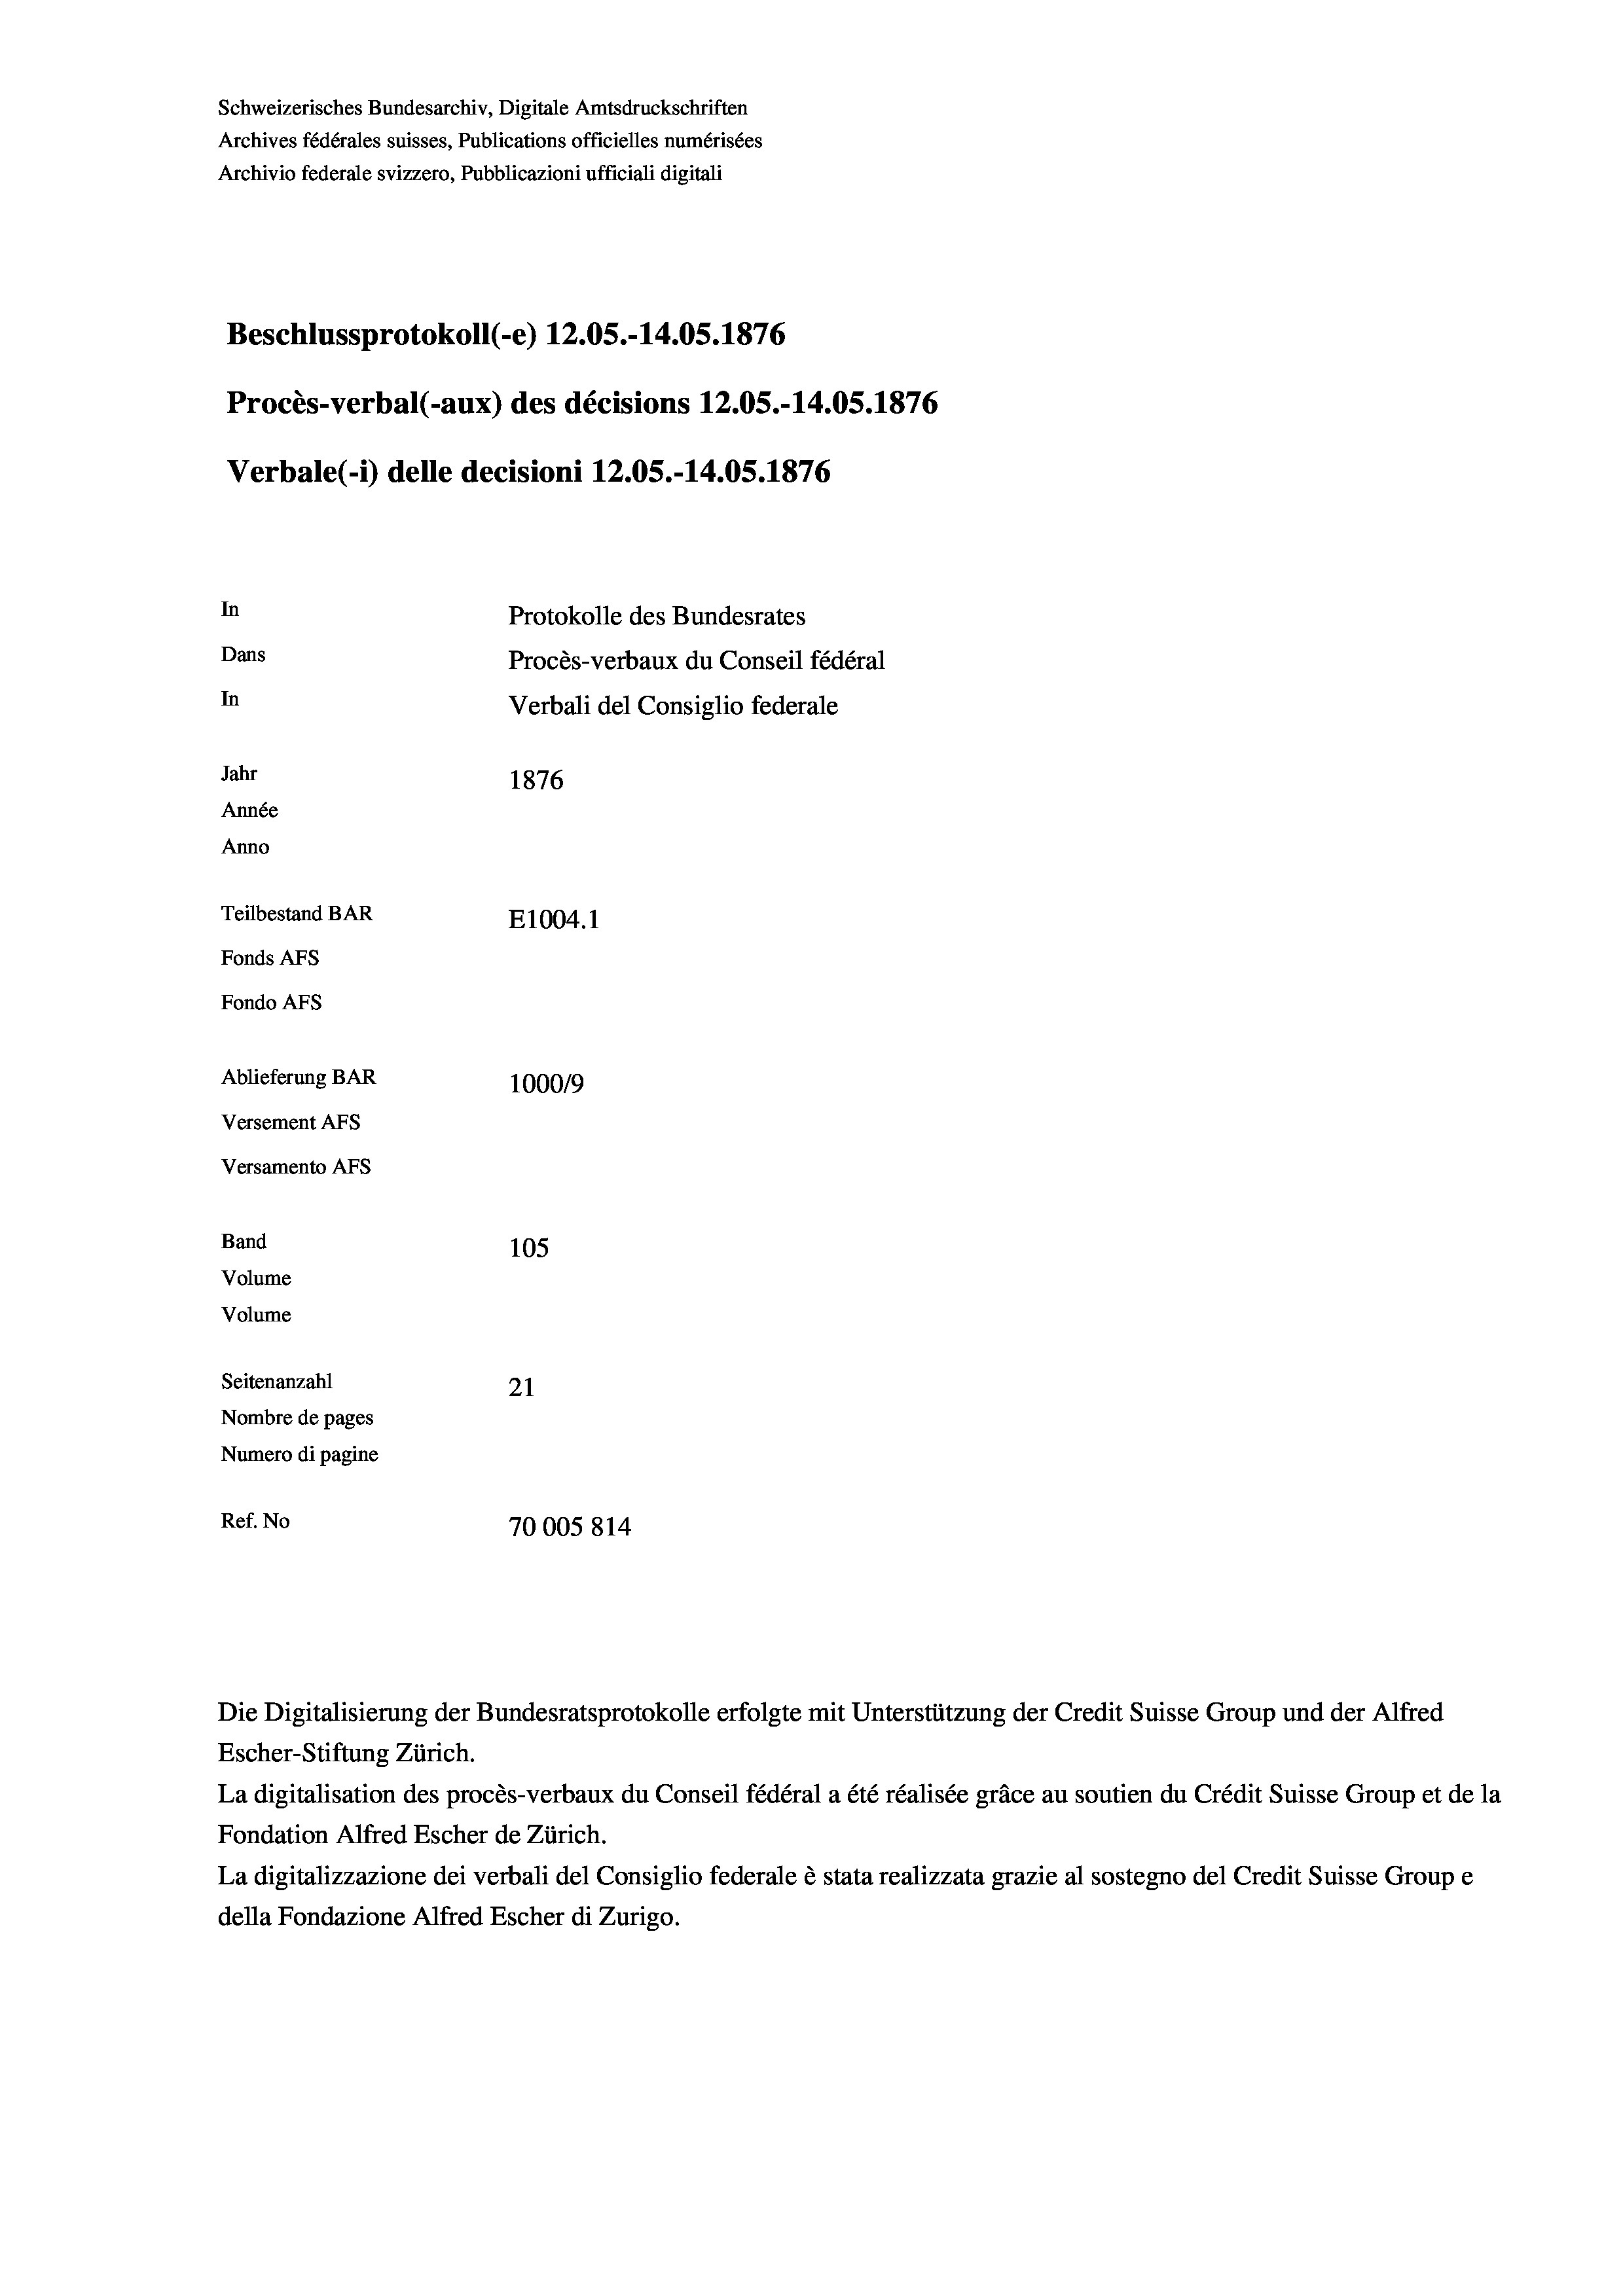
Schweizerisches Bundesarchiv, Digitale Amtsdruckschriften
Archives fédérales suisses, Publications officielles numérisées
Archivio federale svizzero, Pubblicazioni ufficiali digitali
Beschlussprotokoll (-e) 12.05.-14.05. 1876
Procès-verbal (-aux) des décisions 12.05.-14.05. 1876
Verbale(-*) delle decisioni 12.05.-14.05. 1876
In
Protokolle des Bundesrates
Dans
Procès-verbaux du Conseil fédéral
In
Verbali del Consiglio federale
Jahr
1876
Année
Anno
Teilbestand BAR
E1004.1
Fonds Afs
Fondo Afs
Ablieferung BAR
100019
Versement AFs
Versamento AFs
Band
105
Volume
Volume
Seitenanzahl
21
Nombre de pages
Numero di pagine
Ref. No
70005 814

Escher-Stiftung Zürich.
La digitalisation des procès-verbaux du Conseil fédéral a été réalisée gräce au soutien du Crédit Suisse Group et de la
Fondation Alfred Escher de Zürich.
La digitalizzazione dei verbali del Consiglio federale è stata realizzata grazie al sostegno del Credit Suisse Groupe
della Fondazione Alfred Escher di Zurigo.

Die Digitalisierung der Bundesratsprotokolle erfolgte mit Unterstützung der Credit Suisse Group und der Alfred